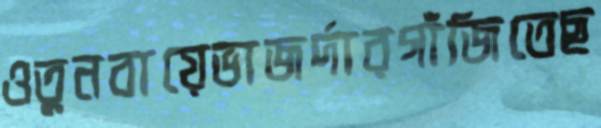
ওতুনবায়েভাজর্দারগাঁজিতেছ